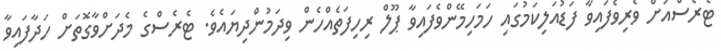
ޓެރެސްއަށް ވެރިވެފައިވާ ފަޑުއަލިކަމުގައި ހަމަހިމޭންވެފައިވާ ޕޫލް ރިހިފަތެއްހެން ވިދަމުންދިޔައެވެ. ޓެރެސްގެ މެދަށްވާގޮތަށް ހަދާފައިވާ